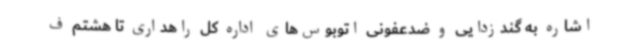
اشاره به گندزدایی و ضدعفونی اتوبوس‌های اداره کل راهداری تا هشتم ف